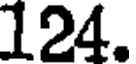
124.